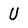
Character: U